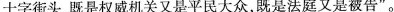
十字街头，既是权威机关又是平民大众，既是法庭又是被告”。